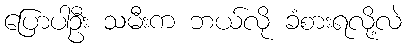
ပြောပါဦး သမီးက ဘယ်လို ခံစားရလို့လဲ